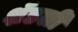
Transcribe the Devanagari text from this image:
शॅडली